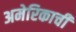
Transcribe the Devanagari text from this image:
अमेरिकाची